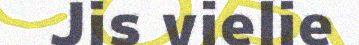
Jis vielie